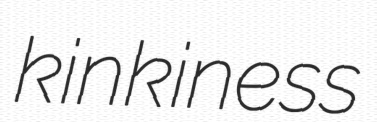
kinkiness